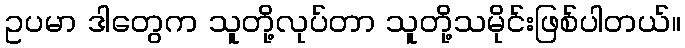
ဥပမာ ဒါတွေက သူတို့လုပ်တာ သူတို့သမိုင်းဖြစ်ပါတယ်။